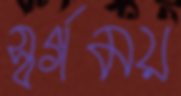
স্বর্গময়